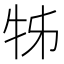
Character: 牬